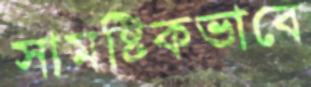
সামষ্টিকভাবে